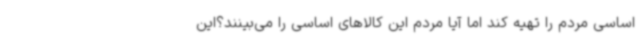
اساسی مردم را تهیه کند اما آیا مردم این کالاهای اساسی را می‌بینند؟این